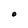
Character: O